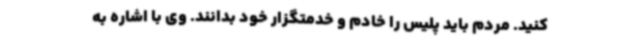
کنید. مردم باید پلیس را خادم و خدمتگزار خود بدانند. وی با اشاره به